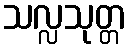
သလ္လသုတ္တ